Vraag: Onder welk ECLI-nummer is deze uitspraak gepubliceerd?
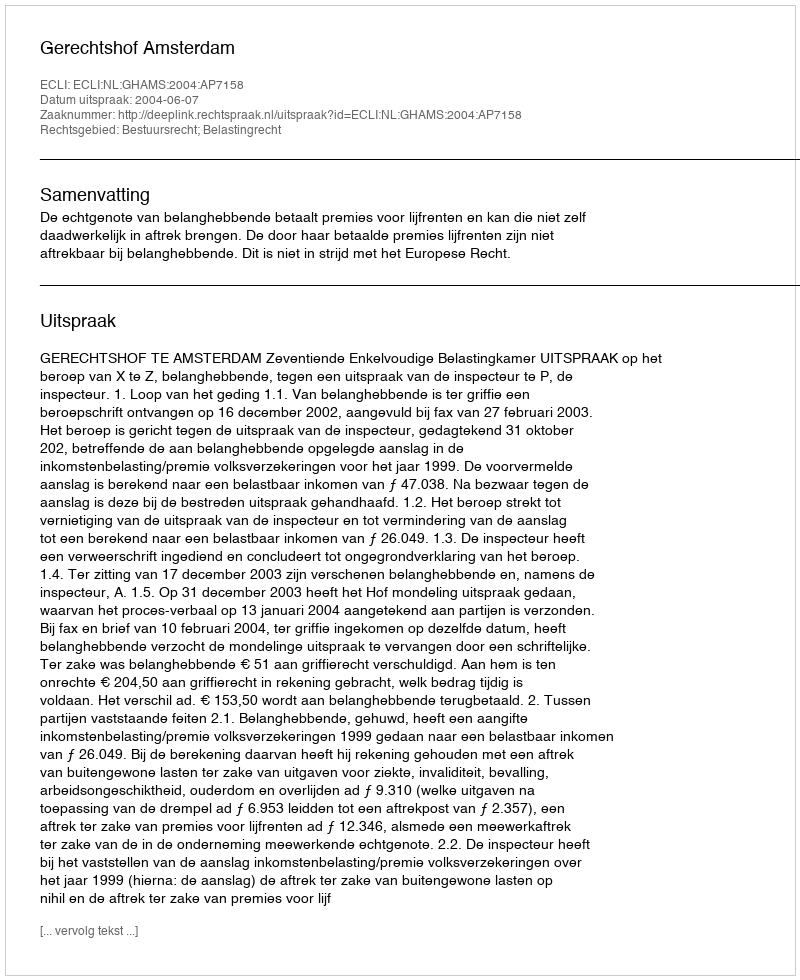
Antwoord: ECLI:NL:GHAMS:2004:AP7158